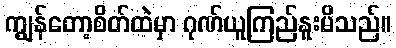
ကျွန်တော့စိတ်ထဲမှာ ဂုဏ်ယူကြည်နူးမိသည်။